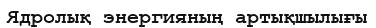
Ядролық энергияның артықшылығы